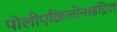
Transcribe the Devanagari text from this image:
पोलीएक्रिलोनाइट्रिल